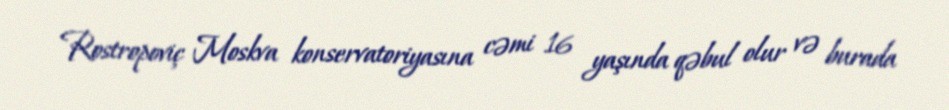
Rostropoviç Moskva konservatoriyasına cəmi 16 yaşında qəbul olur və burada